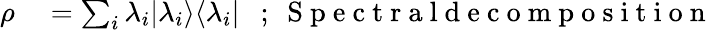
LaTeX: \begin{array}{rl}{\rho}&{{}=\sum_{i}\lambda_{i}|\lambda_{i}\rangle\langle\lambda_{i}|~~~;~\mathrm{~S~p~e~c~t~r~a~l~d~e~c~o~m~p~o~s~i~t~i~o~n~}}\end{array}